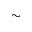
\sim